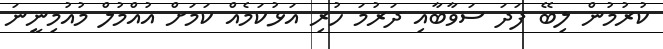
ކުރުމުން ލިބޭ ފަދަ ސަވާބާއި ދަރުމަ ހުރި އަޅުކަމެއް ކަމަށް އުއްމުލް މުއުމިނީނަ